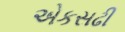
એકસઢી